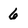
Character: 6